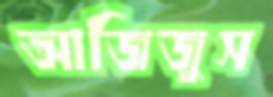
আজিজুস